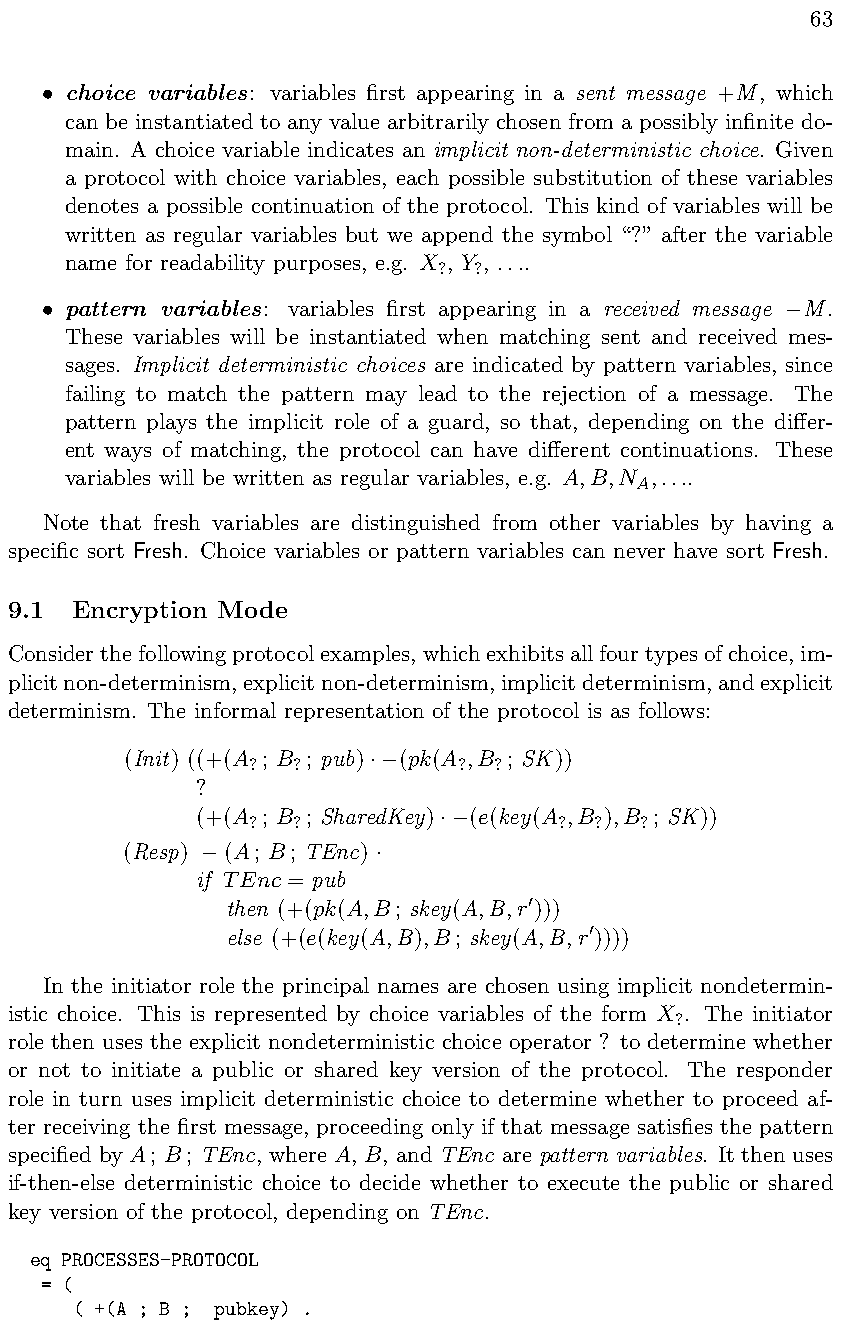
63
 choice variables: variables first appearing in a sent message +M, which
 •
 can be instantiated to any value arbitrarily chosen from a possibly infinite do-
 main. A choice variable indicates an implicit non-deterministic choice. Given
 a protocol with choice variables, each possible substitution of these variables
 denotes a possible continuation of the protocol. This kind of variables will be
 written as regular variables but we append the symbol “?” after the variable
 name for readability purposes, e.g. X , Y , ....
 ? ?
 pattern variables: variables first appearing in a received message M.
 •
 These variables will be instantiated when matching sent and received mes-
 sages. Implicit deterministic choices are indicated by pattern variables, since
 failing to match the pattern may lead to the rejection of a message. The
 pattern plays the implicit role of a guard, so that, depending on the di↵er-
 ent ways of matching, the protocol can have di↵erent continuations. These
 variables will be written as regular variables, e.g. A,B,N ,....
 A
 Note that fresh variables are distinguished from other variables by having a
 specific sort Fresh. Choice variables or pattern variables can never have sort Fresh.
 9.1  Encryption Mode
 Considerthefollowingprotocolexamples,whichexhibitsallfourtypesofchoice,im-
 plicitnon-determinism,explicitnon-determinism,implicitdeterminism,andexplicit
 determinism. The informal representation of the protocol is as follows:
 (Init) ((+(A ; B ; pub) (pk(A ,B ; SK))
 ?  ?          ?  ?
 ·
 ?
 (+(A ; B ; SharedKey) (e(key(A ,B ),B ; SK))
 ?  ?                 ? ?  ?
 ·
 (Resp) (A; B; TEnc)
            ·
 if TEnc = pub
 then (+(pk(A,B; skey(A,B,r )))
 0
 else (+(e(key(A,B),B; skey(A,B,r ))))
 0
 In the initiator role the principal names are chosen using implicit nondetermin-
 istic choice. This is represented by choice variables of the form X . The initiator
 ?
 role then uses the explicit nondeterministic choice operator ? to determine whether
 or not to initiate a public or shared key version of the protocol. The responder
 role in turn uses implicit deterministic choice to determine whether to proceed af-
 ter receiving the first message, proceeding only if that message satisfies the pattern
 specified by A; B; TEnc, where A, B, and TEnc are pattern variables. It then uses
 if-then-else deterministic choice to decide whether to execute the public or shared
 key version of the protocol, depending on TEnc.
 eq PROCESSES-PROTOCOL
 = (
 ( +(A ; B ; pubkey) .